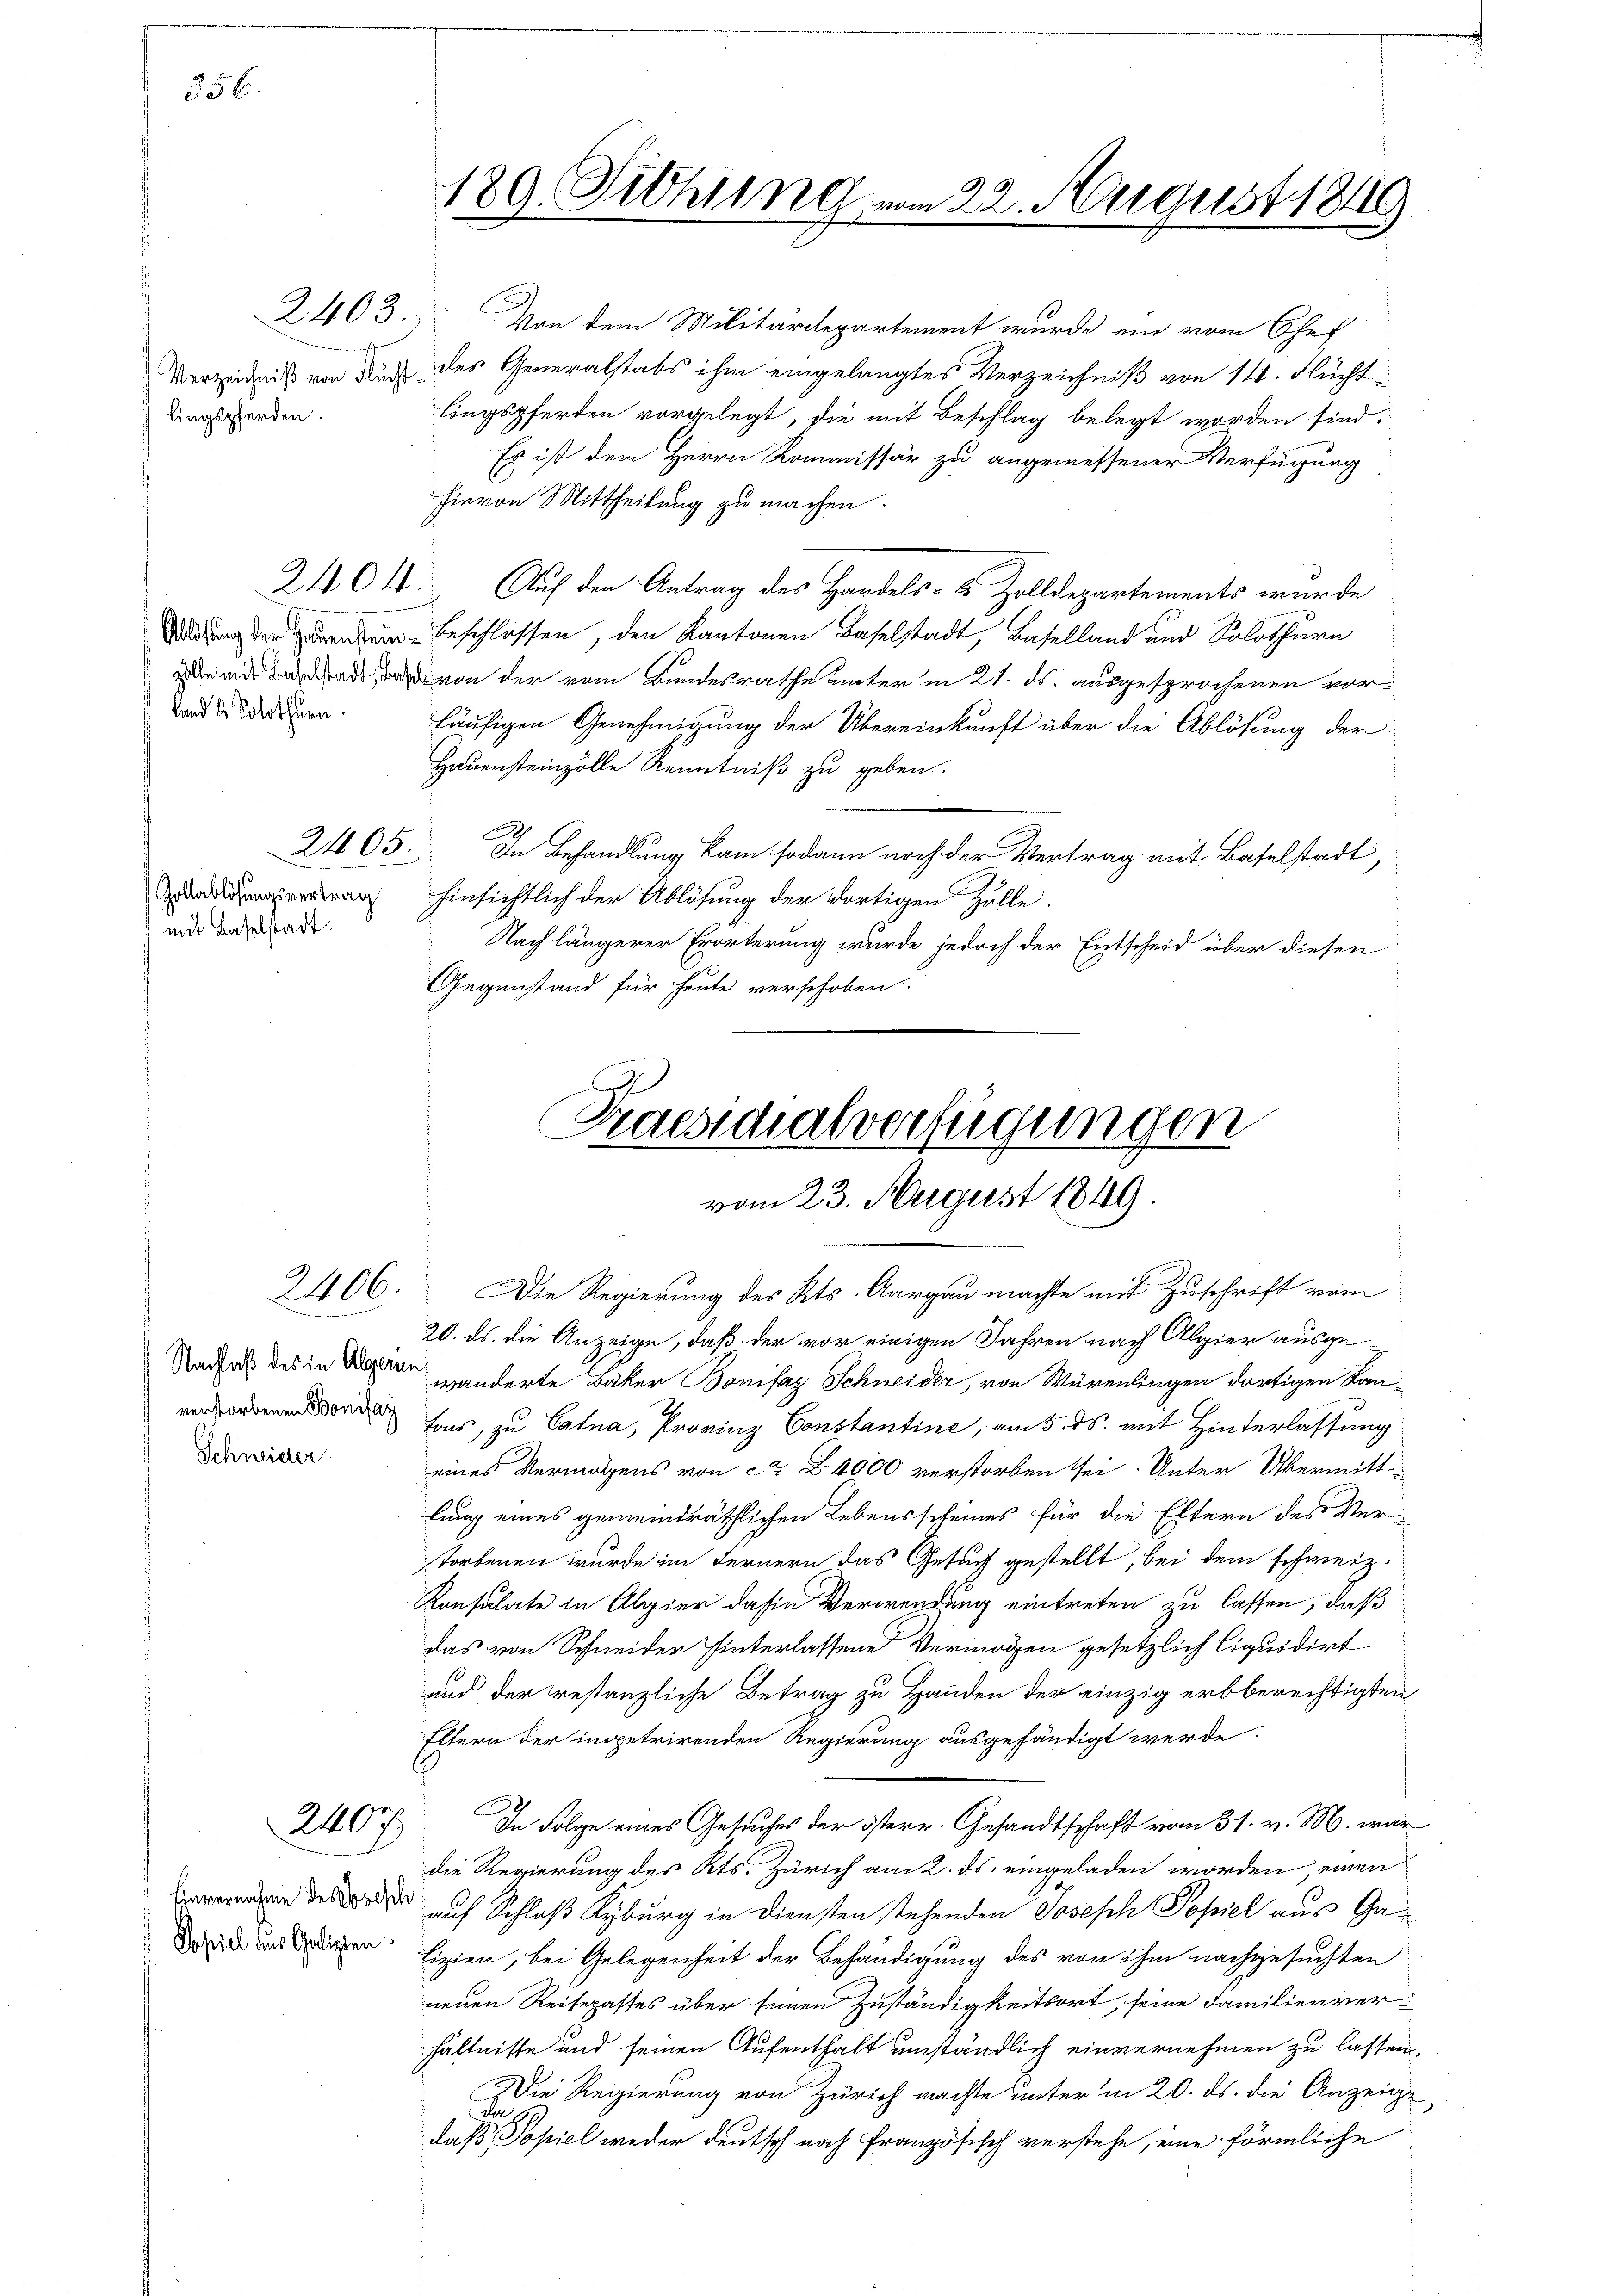
356.

lingspferden.

land & Solothurn.

Zollablösungsvertrag
mit Baselstadt.

2403

21105.

2406.

verstorbenen Bonifaz
Schneider

240

Sofiel aus Galizten

Von dem Militärdepartement wurde ein vom Chef
Verzeichnis von dies des Generalstabs ihm eingelangtes Verzeichniß von 14. Flücht
lingspferden vorgelegt, sie mit Beschlag belegt worden sind.
Es ist dem Herrn Kommissär zu angemessener Verfügung
hievon Mittheilung zu machen.
2404. Auf den Antrag des Handels- & Zolldepartements wurde
Sedung der gegen ein Beschlossen, den Kantonen Baselstadt, Baselland und Solothurn
m, von der vom Bundesrathe unter in 21. ds. ausgesprochenen vorläufigen Genehmigung der Übereinkunft über die Ablösung der
Hauensteinzölle Kenntniß zu geben.
In Behandlung kam sodann noch der Vertrag mit Baselstadt,
hinsichtlich der Ablösung der dortigen Zolle.
Nach längerer Erörterung wurde jedoch der Entscheid über diesen
Gegenstand für heute verschoben.

189. Pethung vom 22. August 1846

Praesidialverfügungen
vom 23. August 1849.
Die Regierung des Kts. Aargau machte mit Zuschrift vom

20. ds. die Anzeige, daß der vor einigen Jahren nach Algier ausge¬
Radfals des in der anderte Bäker Bonifaz Schneider, von Würenlingen dortigen Kantons, zu Cata, Provinz Constantine, am 5. ds. mit Hinterlassung
eines Vermögens von ca. 4000 verstorben sei. Unter Übermittlung eines gemeindräthlichen Lebensscheines für die Eltern des Ver-
storbenen wurde im Fernern das Gesuch gestellt, bei dem schweiz.
Konsulate in Algier dahin Verwendung eintreten zu lassen, daß
das von Schneider hinterlassene Vermögen gesetzlich liquidirt
und der restanzliche Betrag zu Handen der einzig erbberechtigten
Eltern der ingetrirenden Regierung ausgehändigt werde.
7
In Folge eines Gesuches der österr. Gesandtschaft vom 31. v. M. war
die Regierung des Kts. Zürich am 2. ds. eingeladen worden, einen
 d auf Schloß Kyburg in Diensten stehenden Joseph Popiel aus Galizien, bei Gelegenheit der Behändigung des von ihm nachgesuchten
neuen Reisepastes über seinen Zuständigkeitsort, seine Familien verhältnisse und seinen Aufenthalt umständlich einvernehmen zu lassen,
Die Regierung von Zürich machte unter in 20. ds. die Anzeige
da
daß Popiel weder deutsch noch französisch verstehe, eine förmliche